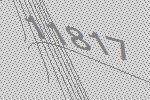
11817